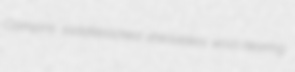
Ciampino saddlebacked sheaveless wool-bearing